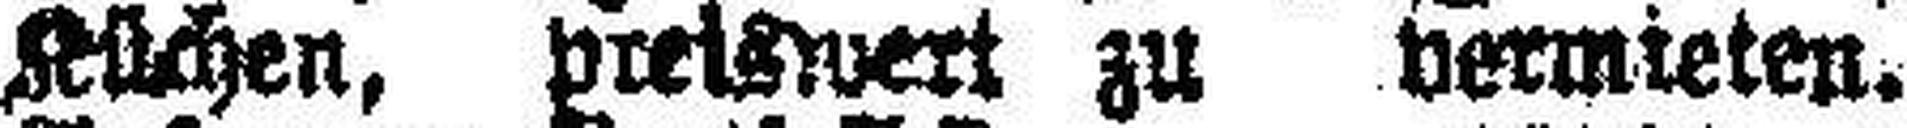
Küchen, preiswert zu vermieten.